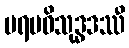
ပရမဝိသုဒ္ဓဒဿီ